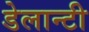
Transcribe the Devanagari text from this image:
डेलान्टी